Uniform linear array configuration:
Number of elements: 32
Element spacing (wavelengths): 1
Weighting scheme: uniform
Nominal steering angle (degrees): -15
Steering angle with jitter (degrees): -13.604
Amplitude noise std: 0.05
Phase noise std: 0.05

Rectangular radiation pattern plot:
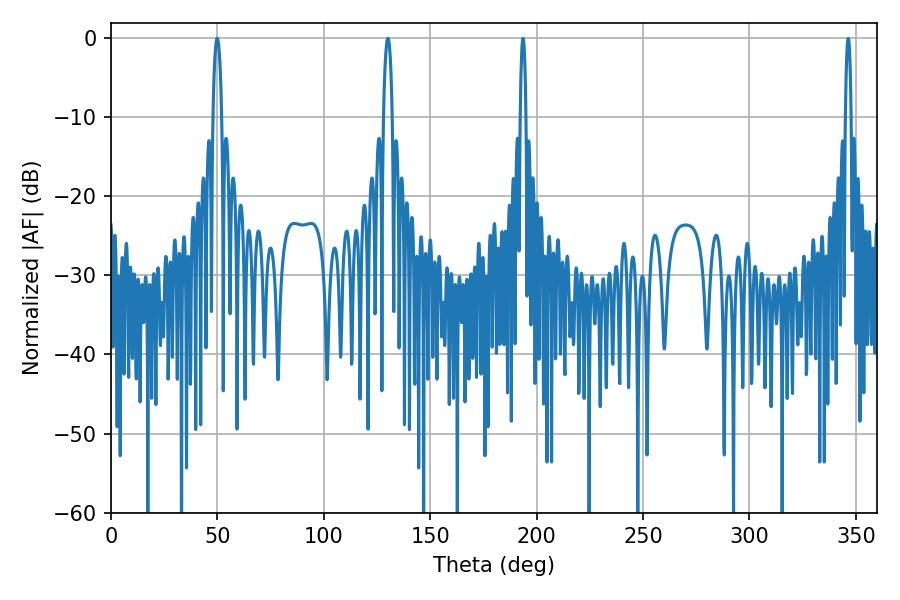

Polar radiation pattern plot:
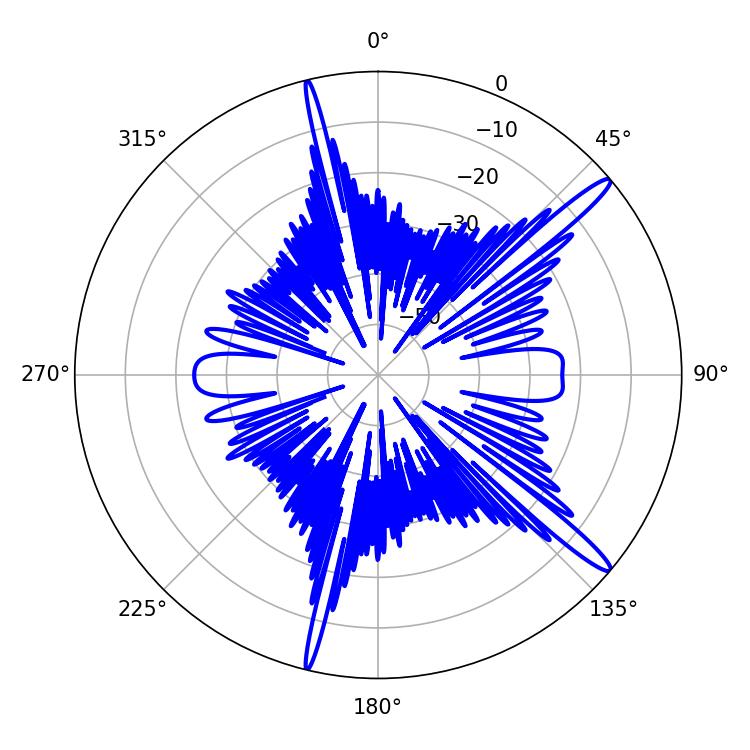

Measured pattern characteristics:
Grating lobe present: TRUE
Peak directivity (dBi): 15.352
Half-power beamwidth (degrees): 2.34
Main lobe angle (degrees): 49.86